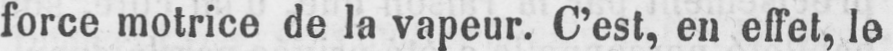
force motrice de la vapeur. C’est, en effet, le